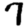
Digit: 7